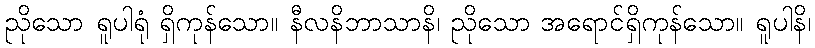
ညိုသော ရူပါရုံ ရှိကုန်သော။ နီလနိဘာသာနိ၊ ညိုသော အရောင်ရှိကုန်သော။ ရူပါနိ၊